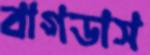
বাগডাস